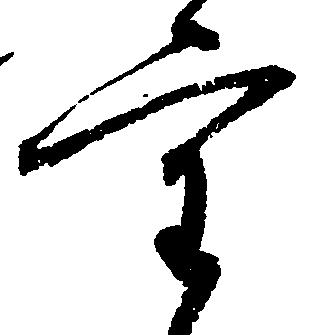
重